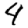
Digit: 4